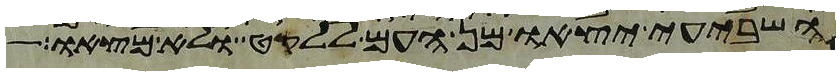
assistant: השביעי יצאו מן העם ללקט ולא מצאו